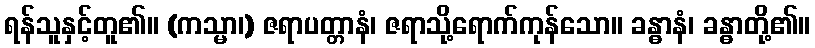
ရန်သူနှင့်တူ၏။ (ကသ္မာ၊) ဇရာပတ္တာနံ၊ ဇရာသို့ရောက်ကုန်သော။ ခန္ဓာနံ၊ ခန္ဓာတို့၏။